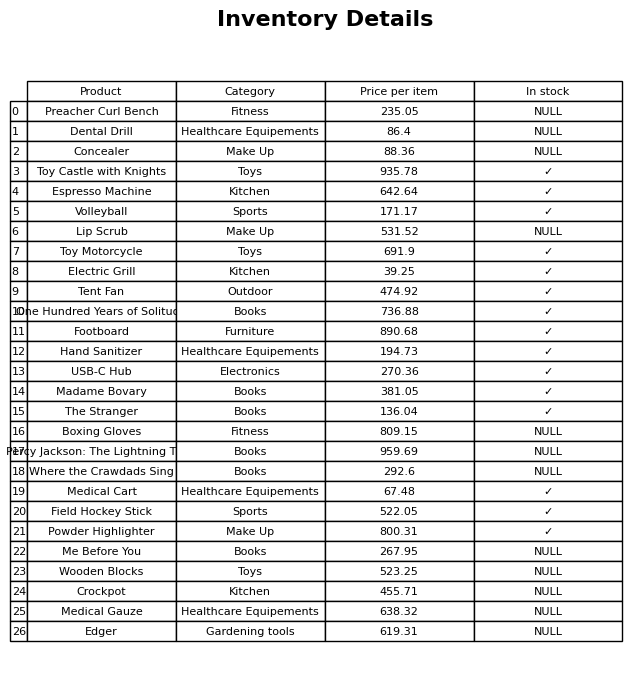
question: Which products are available in stock?
answer: Toy Castle with Knights, Espresso Machine, Volleyball, Toy Motorcycle, Electric Grill, Tent Fan, One Hundred Years of Solitude, Footboard, Hand Sanitizer, USB-C Hub, Madame Bovary, The Stranger, Medical Cart, Field Hockey Stick, Powder Highlighter